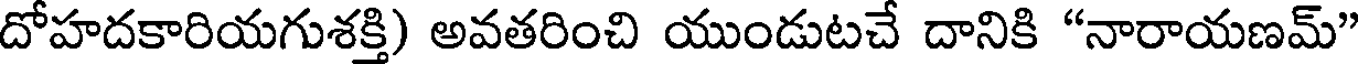
దోహదకారియగుశక్తి) అవతరించి యుండుటచే దానికి "నారాయణమ్"